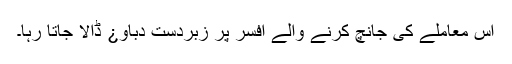
اس معاملے کی جانچ کرنے والے افسر پر زبردست دباو¿ ڈالا جاتا رہا۔